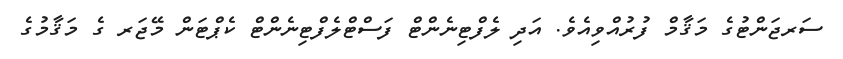
ސަރޖަންޓުގެ މަޤާމް ފުރުއްވިއެވެ. އަދި ލެފްޓިނެންޓް ފަސްޓްލެފްޓިނެންޓް ކެޕްޓަން މޭޖަރ ގެ މަޤާމުގެ